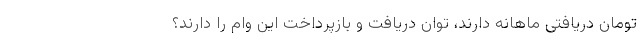
تومان دریافتی ماهانه دارند، توان دریافت و بازپرداخت این وام را دارند؟